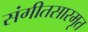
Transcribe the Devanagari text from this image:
संगीतसारमृत